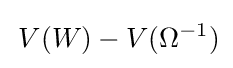
\,V(W)-V(\Omega ^{-1})